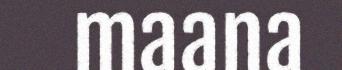
maana